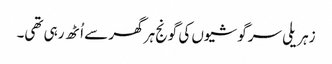
زہریلی سرگوشیوں کی گونج ہر گھر سے اُٹھ رہی تھی۔